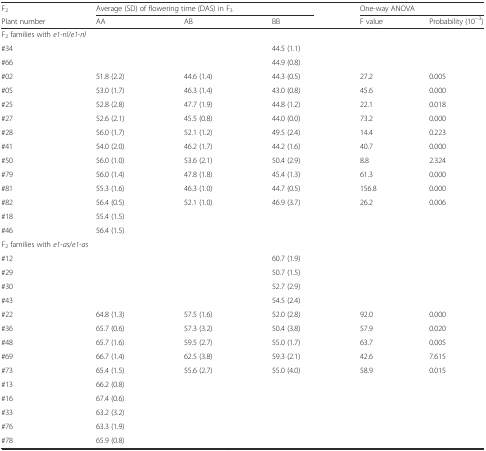
<table><thead><tr><td><b>F<sub>2</sub></b></td><td colspan="3"><b>Average (SD) of flowering time (DAS) in F<sub>3</sub></b></td><td colspan="2"><b>One-way ANOVA</b></td></tr><tr><td><b>Plant number</b></td><td><b>AA</b></td><td><b>AB</b></td><td><b>BB</b></td><td><b>F value</b></td><td><b>Probability (10<sup>−3</sup>)</b></td></tr></thead><tbody><tr><td colspan="2">F<sub>2</sub> families with <i>e1-nl</i>/<i>e1-nl</i></td><td></td><td></td><td></td><td></td></tr><tr><td>#34</td><td></td><td></td><td>44.5 (1.1)</td><td></td><td></td></tr><tr><td>#66</td><td></td><td></td><td>44.9 (0.8)</td><td></td><td></td></tr><tr><td>#02</td><td>51.8 (2.2)</td><td>44.6 (1.4)</td><td>44.3 (0.5)</td><td>27.2</td><td>0.005</td></tr><tr><td>#05</td><td>53.0 (1.7)</td><td>46.3 (1.4)</td><td>43.0 (0.8)</td><td>45.6</td><td>0.000</td></tr><tr><td>#25</td><td>52.8 (2.8)</td><td>47.7 (1.9)</td><td>44.8 (1.2)</td><td>22.1</td><td>0.018</td></tr><tr><td>#27</td><td>52.6 (2.1)</td><td>45.5 (0.8)</td><td>44.0 (0.0)</td><td>73.2</td><td>0.000</td></tr><tr><td>#28</td><td>56.0 (1.7)</td><td>52.1 (1.2)</td><td>49.5 (2.4)</td><td>14.4</td><td>0.223</td></tr><tr><td>#41</td><td>54.0 (2.0)</td><td>46.2 (1.7)</td><td>44.2 (1.6)</td><td>40.7</td><td>0.000</td></tr><tr><td>#50</td><td>56.0 (1.0)</td><td>53.6 (2.1)</td><td>50.4 (2.9)</td><td>8.8</td><td>2.324</td></tr><tr><td>#79</td><td>56.0 (1.4)</td><td>47.8 (1.8)</td><td>45.4 (1.3)</td><td>61.3</td><td>0.000</td></tr><tr><td>#81</td><td>55.3 (1.6)</td><td>46.3 (1.0)</td><td>44.7 (0.5)</td><td>156.8</td><td>0.000</td></tr><tr><td>#82</td><td>56.4 (0.5)</td><td>52.1 (1.0)</td><td>46.9 (3.7)</td><td>26.2</td><td>0.006</td></tr><tr><td>#18</td><td>55.4 (1.5)</td><td></td><td></td><td></td><td></td></tr><tr><td>#46</td><td>56.4 (1.5)</td><td></td><td></td><td></td><td></td></tr><tr><td colspan="2">F<sub>2</sub> families with <i>e1-as</i>/<i>e1-as</i></td><td></td><td></td><td></td><td></td></tr><tr><td>#12</td><td></td><td></td><td>60.7 (1.9)</td><td></td><td></td></tr><tr><td>#29</td><td></td><td></td><td>50.7 (1.5)</td><td></td><td></td></tr><tr><td>#30</td><td></td><td></td><td>52.7 (2.9)</td><td></td><td></td></tr><tr><td>#43</td><td></td><td></td><td>54.5 (2.4)</td><td></td><td></td></tr><tr><td>#22</td><td>64.8 (1.3)</td><td>57.5 (1.6)</td><td>52.0 (2.8)</td><td>92.0</td><td>0.000</td></tr><tr><td>#36</td><td>65.7 (0.6)</td><td>57.3 (3.2)</td><td>50.4 (3.8)</td><td>57.9</td><td>0.020</td></tr><tr><td>#48</td><td>65.7 (1.6)</td><td>59.5 (2.7)</td><td>55.0 (1.7)</td><td>63.7</td><td>0.005</td></tr><tr><td>#69</td><td>66.7 (1.4)</td><td>62.5 (3.8)</td><td>59.3 (2.1)</td><td>42.6</td><td>7.615</td></tr><tr><td>#73</td><td>65.4 (1.5)</td><td>55.6 (2.7)</td><td>55.0 (4.0)</td><td>58.9</td><td>0.015</td></tr><tr><td>#13</td><td>66.2 (0.8)</td><td></td><td></td><td></td><td></td></tr><tr><td>#16</td><td>67.4 (0.6)</td><td></td><td></td><td></td><td></td></tr><tr><td>#33</td><td>63.2 (3.2)</td><td></td><td></td><td></td><td></td></tr><tr><td>#76</td><td>63.3 (1.9)</td><td></td><td></td><td></td><td></td></tr><tr><td>#78</td><td>65.9 (0.8)</td><td></td><td></td><td></td><td></td></tr></tbody></table>